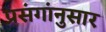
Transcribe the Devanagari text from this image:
प्रसंगांनुसार